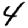
Digit: 4